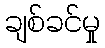
ချစ်ခင်မှု